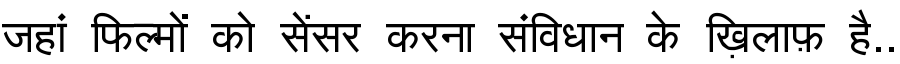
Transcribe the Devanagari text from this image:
जहां फिल्मों को सेंसर करना संविधान के ख़िलाफ़ है..